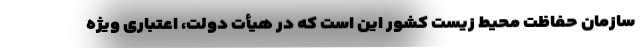
سازمان حفاظت محیط زیست کشور این است که در هیأت دولت، اعتباری ویژه